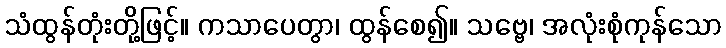
သံထွန်တုံးတို့ဖြင့်။ ကသာပေတွာ၊ ထွန်စေ၍။ သဗ္ဗေ၊ အလုံးစုံကုန်သော